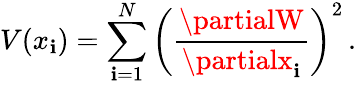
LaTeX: V(x_{\mathbf{i}})=\sum_{\mathbf{i}=1}^{N}\left(\frac{{\partialW}}{{\partialx_{\mathbf{i}}}}\right)^{2}\, .